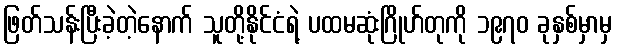
ဖြတ်သန်းပြီးခဲ့တဲ့နောက် သူတို့နိုင်ငံရဲ့ ပထမဆုံးဂြိုဟ်တုကို ၁၉၇၀ ခုနှစ်မှာမှ